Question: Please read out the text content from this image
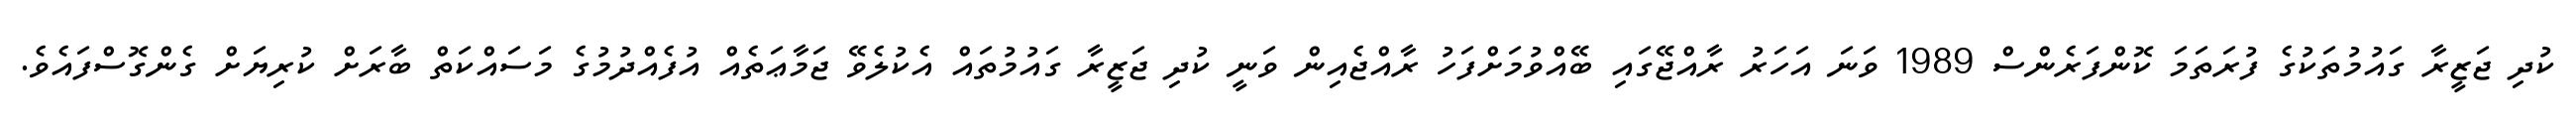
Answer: ކުދި ޖަޒީރާ ގައުމުތަކުގެ ފުރަތަމަ ކޮންފަރެންސް 1989 ވަނަ އަހަރު ރާއްޖޭގައި ބޭއްވުމަށްފަހު ރާއްޖެއިން ވަނީ ކުދި ޖަޒީރާ ގައުމުތައް އެކުލެވޭ ޖަމާޢަތެއް އުފެއްދުމުގެ މަސައްކަތް ބާރަށް ކުރިޔަށް ގެންގޮސްފައެވެ.